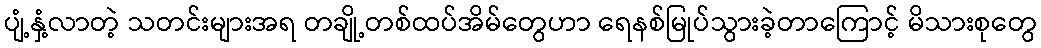
ပျံ့နှံ့လာတဲ့ သတင်းများအရ တချို့တစ်ထပ်အိမ်တွေဟာ ရေနစ်မြုပ်သွားခဲ့တာကြောင့် မိသားစုတွေ